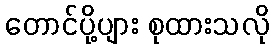
တောင်ပို့ပျား စုထားသလို